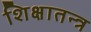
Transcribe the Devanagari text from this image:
शिक्षातन्त्र